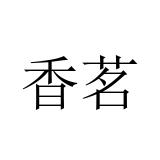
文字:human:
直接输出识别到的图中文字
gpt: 香茗